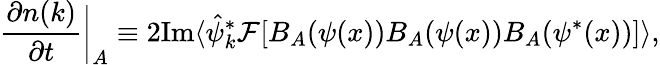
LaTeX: \frac{\partial n(k)}{\partial t}\biggr\rvert_{A}\equiv 2\textnormal{Im}\langle\hat{\psi}_{k}^{*}\mathcal{F}[B_{A}(\psi(x))B_{A}(\psi(x))B_{A}(\psi^{*}(x))]\rangle,